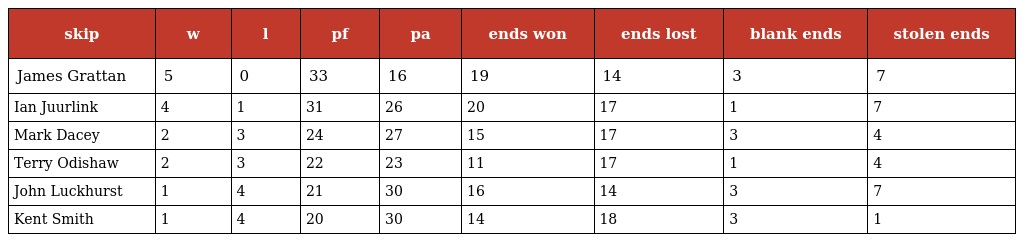
| skip | w | l | pf | pa | ends won | ends lost | blank ends | stolen ends |
 | --- | --- | --- | --- | --- | --- | --- | --- | --- |
 | James Grattan | 5 | 0 | 33 | 16 | 19 | 14 | 3 | 7 |
 | Ian Juurlink | 4 | 1 | 31 | 26 | 20 | 17 | 1 | 7 |
 | Mark Dacey | 2 | 3 | 24 | 27 | 15 | 17 | 3 | 4 |
 | Terry Odishaw | 2 | 3 | 22 | 23 | 11 | 17 | 1 | 4 |
 | John Luckhurst | 1 | 4 | 21 | 30 | 16 | 14 | 3 | 7 |
 | Kent Smith | 1 | 4 | 20 | 30 | 14 | 18 | 3 | 1 |